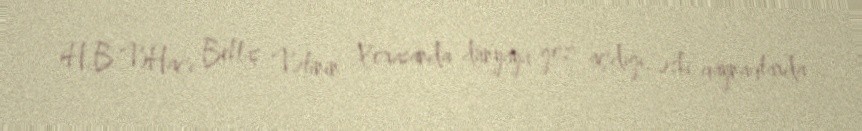
(H.B.V)Hacı Bektaş Vəlinin Xorasanda dünyaya göz açdığı, əski qaynaqlarda